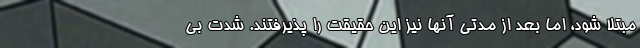
مبتلا شود، اما بعد از مدتی آنها نیز این حقیقت را پذیرفتند. شدت بی